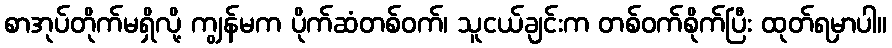
စာအုပ်တိုက်မရှိလို့ ကျွန်မက ပိုက်ဆံတစ်ဝက်၊ သူငယ်ချင်းက တစ်ဝက်စိုက်ပြီး ထုတ်ရမှာပါ။